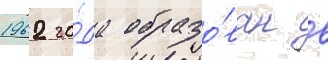
1962 го́да образо́ван в